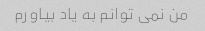
من نمی توانم به یاد بیاورم